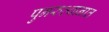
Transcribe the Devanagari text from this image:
पुनरुत्थानात